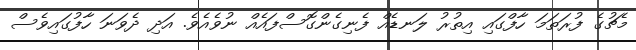
މެޗުގެ ފުރަތަމަ ހާފްގައި އިތުރު ލަނޑެއް ފެނިގެންގޮސްފައެއް ނުވެއެވެ. އަދި ދެވަނަ ހާފުގައިވެސް